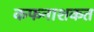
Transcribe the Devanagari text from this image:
कफनाशकत